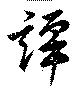
譚